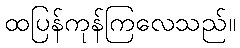
ထပြန်ကုန်ကြလေသည်။